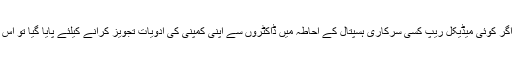
انہوں نے خبر دار کیا کہ مذکورہ احکامات کی خلاف ورزی کو قطعاً برداشت نہیں کیا جائے گا اور اگر کوئی میڈیکل ریپ کسی سرکاری ہسپتال کے احاطہ میں ڈاکٹروں سے اپنی کمپنی کی ادویات تجویز کرانے کیلئے پایا گیا تو اس کے خلاف کار سرکار میں مداخلت کا کیس زیر دفعہ 186 پی پی سی (PPC) درج کرایا جائے گا۔